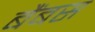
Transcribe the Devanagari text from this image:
बैंबस